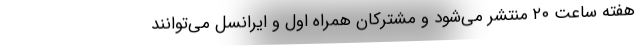
هفته ساعت ۲۰ منتشر می‌شود و مشترکان همراه اول و ایرانسل می‌توانند